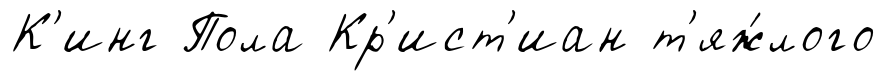
К'инг Пола Кр'ист'иан т'яж́лого